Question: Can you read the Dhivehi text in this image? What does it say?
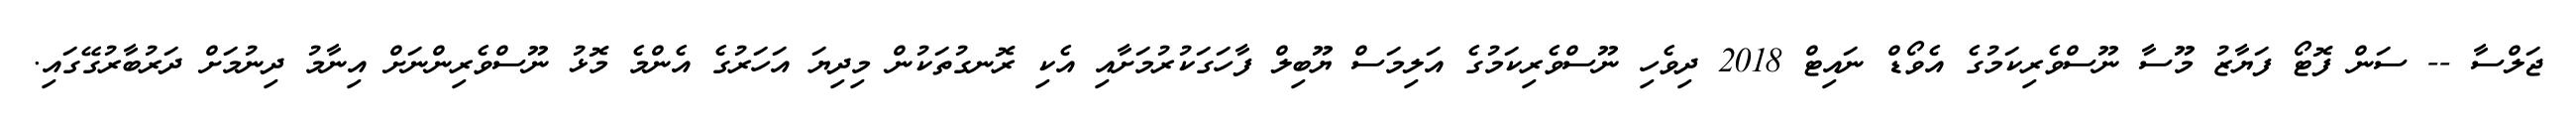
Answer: ޖަލްސާ -- ސަން ފޮޓޯ ފަޔާޒު މޫސާ ނޫސްވެރިކަމުގެ އެވޯޑް ނައިޓް 2018 ދިވެހި ނޫސްވެރިކަމުގެ އަލިމަސް ޔޫބިލް ފާހަގަކުރުމަށާއި އެކި ރޮނގުތަކުން މިދިޔަ އަހަރުގެ އެންމެ މޮޅު ނޫސްވެރިންނަށް އިނާމު ދިނުމަށް ދަރުބާރުގޭގައި.